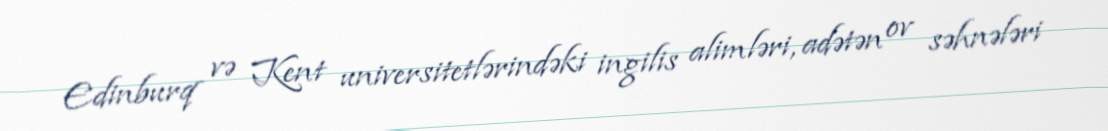
Edinburq və Kent universitetlərindəki ingilis alimləri, adətən ov səhnələri